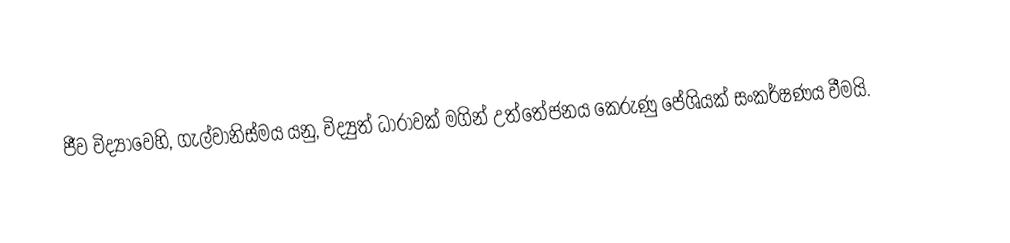
ජීව විද්‍යාවෙහි, ගැල්වානිස්මය යනු,  විද්‍යුත් ධාරාවක් මගින් උත්තේජනය කෙරුණු පේශියක් සංකර්ෂණය වීමයි.